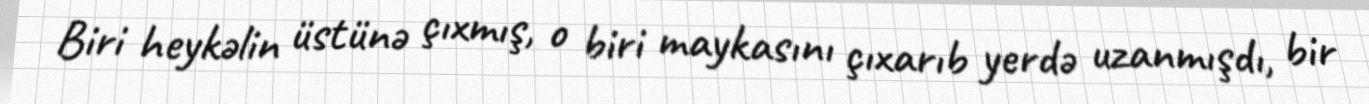
Biri heykəlin üstünə çıxmış, o biri maykasını çıxarıb yerdə uzanmışdı, bir